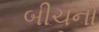
બીચનો